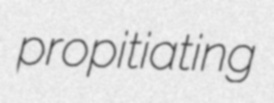
propitiating